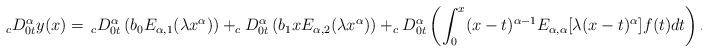
LaTeX: \begin{align*} _cD_{0t}^{\alpha} y(x) =\, _cD_{0t}^{\alpha}\left( b_0E_{\alpha, 1}(\lambda x^{\alpha})\right)+_cD_{0t}^{\alpha}\left(b_1xE_{\alpha, 2}(\lambda x^{\alpha})\right)+ _cD_{0t}^{\alpha}\left(\int_0^x (x-t)^{\alpha-1}E_{\alpha, \alpha}[\lambda(x-t)^{\alpha}]f(t)dt\right).\end{align*}